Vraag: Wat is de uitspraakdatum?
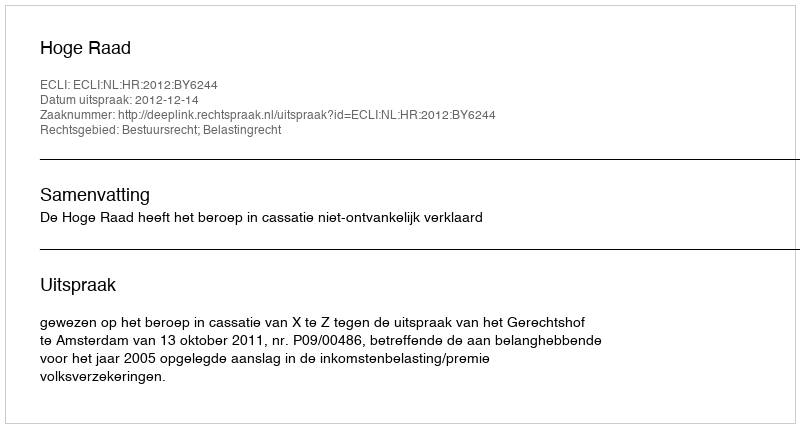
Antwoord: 2012-12-14